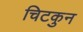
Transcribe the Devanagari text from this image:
चिटकुन